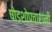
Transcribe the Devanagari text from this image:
षोडशोपचारांनी